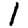
Digit: 1